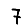
Digit: 7